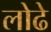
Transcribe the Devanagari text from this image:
लोढे